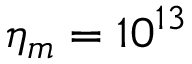
\eta _ { m } = 1 0 ^ { 1 3 }